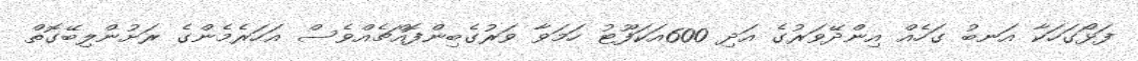
ފަޅޯގަހަކާ އަނބު ގަހެއް އިންދޭވަރުގެ އަދި 600އަކަފޫޓު ހަމަވާ ވަރުގެބިންފޮއްޗެއްވެސް އަހަރެމެންގެ ރަށުންލިބޭގޮތް